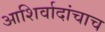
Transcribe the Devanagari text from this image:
आशिर्वादांचाच